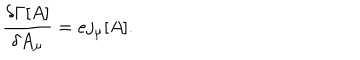
LaTeX: \frac { \delta \Gamma [ A ] } { \delta A _ { \mu } } = e j _ { \mu } [ A ] .